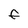
Character: f